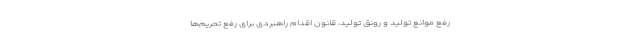
رفع موانع تولید و رونق تولید، قانون اقدام راهبردی برای رفع تحریم‌ها